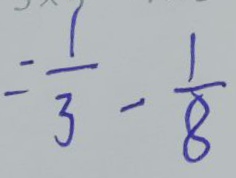
= \frac { 1 } { 3 } - \frac { 1 } { 8 }